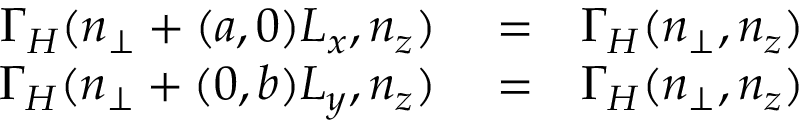
\begin{array} { r l r } { \Gamma _ { H } ( n _ { \perp } + ( a , 0 ) L _ { x } , n _ { z } ) } & { { } = } & { \Gamma _ { H } ( n _ { \perp } , n _ { z } ) } \\ { \Gamma _ { H } ( n _ { \perp } + ( 0 , b ) L _ { y } , n _ { z } ) } & { { } = } & { \Gamma _ { H } ( n _ { \perp } , n _ { z } ) } \end{array}